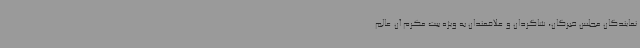
نمایندگان مجلس خبرگان، شاگردان و علاقمندان به ویژه بیت مکرم آن عالم